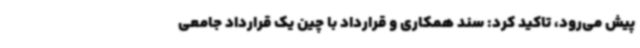
پیش می‌رود، تاکید کرد: سند همکاری و قرارداد با چین یک قرارداد جامعی